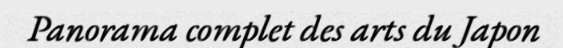
Panorama complet des arts du Japon